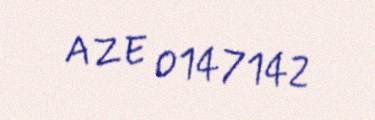
AZE 0147142